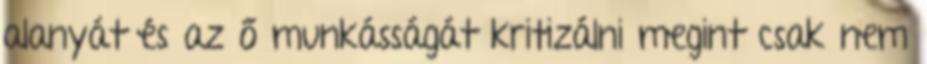
alanyát és az ő munkásságát kritizálni megint csak nem